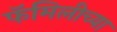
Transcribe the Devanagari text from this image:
फॅमिलीच्या